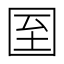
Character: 𡇓